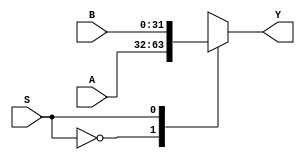
`timescale 1ns / 1ps
//////////////////////////////////////////////////////////////////////////////////
// Company: 
// Engineer: 
// 
// Design Name: 
// Module Name: n_bit_mux
// Project Name: 
// Target Devices: 
// Tool Versions: 
// Description: 
// 
// Dependencies: 
// 
// Revision:
// Revision 0.01 - File Created
// Additional Comments:
// 
//////////////////////////////////////////////////////////////////////////////////


module n_bit_mux #(parameter n=32)(input[n-1: 0]A, input [n-1: 0] B, input S, output reg [n-1:0] Y);
always@(*) begin
  case(S)
    1'b0: Y = A;
    1'b1: Y = B;
  endcase
end
endmodule